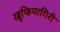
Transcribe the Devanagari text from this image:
खुफियागिरी